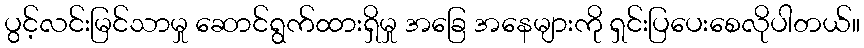
ပွင့်လင်းမြင်သာမှု ဆောင်ရွက်ထားရှိမှု အခြေ အနေများကို ရှင်းပြပေးစေလိုပါတယ်။